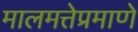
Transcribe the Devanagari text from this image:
मालमत्तेप्रमाणे